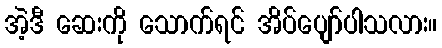
အဲ့ဒီ ဆေးကို သောက်ရင် အိပ်ပျော်ပါသလား။